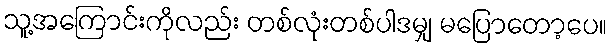
သူ့အကြောင်းကိုလည်း တစ်လုံးတစ်ပါဒမျှ မပြောတော့ပေ။